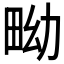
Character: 𤱎